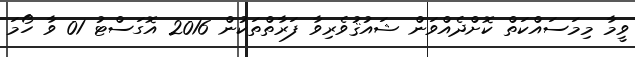
ވީމާ މިމަސައްކަތް ކޮށްދެއްވަން ޝައުޤުވެރިވާ ފަރާތްތަކުން 2016 އޮގަސްޓު 01 ވާ ހޯމަ